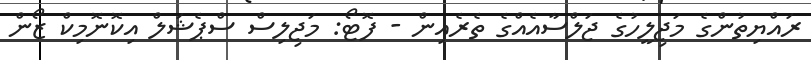
ރައްޔިތުންގެ މަޖިލީހުގެ ޖަލްސާއެއްގެ ތެރެއިން - ފޮޓޯ: މަޖިލިސް ސްޕެޝަލް އިކޮނޮމިކް ޒޯން